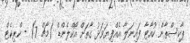
ޕާކިސްތާން ކުއާޓާ ފައިނަލާ އެއްފިޔަވަޅު ގާތަށް އޯކްލެންޑް (މާޗް 7) - ކްރިކެޓް